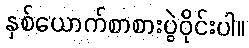
နှစ်ယောက်စာစားပွဲဝိုင်းပါ။